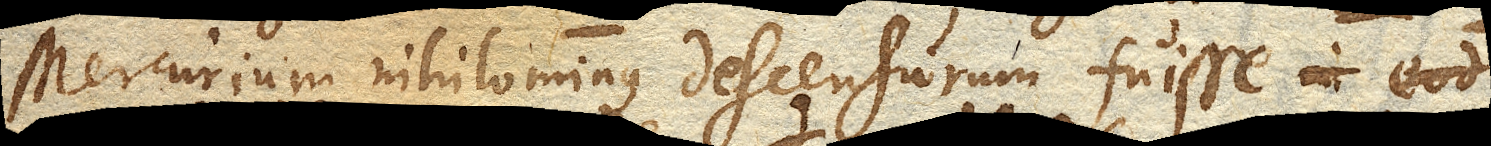
Mercurium nihilominus descensurum fuisse